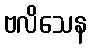
ဗလိသေန